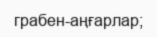
грабен-аңғарлар;